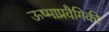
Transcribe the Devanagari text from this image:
ऊष्माप्रवैगिकी